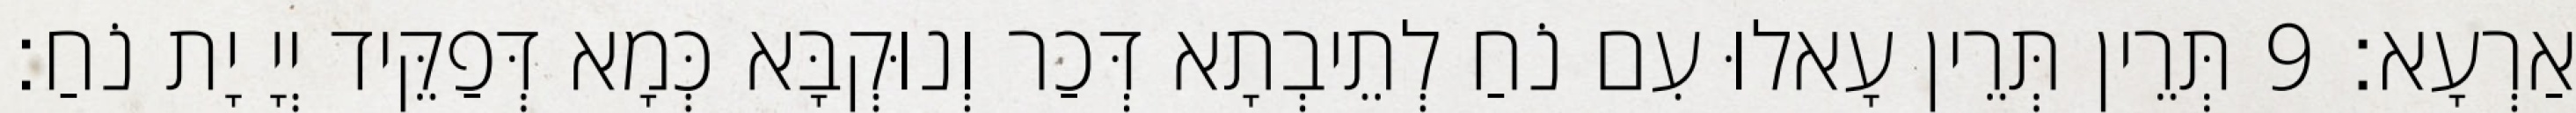
אַרְעָא׃ 9 תְּרֵין תְּרֵין עָאלוּ עִם נֹחַ לְתֵיבְתָא דְּכַר וְנוּקְבָּא כְּמָא דְּפַקֵּיד יְיָ יָת נֹחַ׃